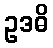
ဥဒဓိ